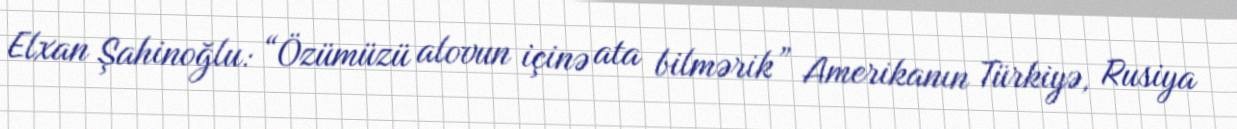
Elxan Şahinoğlu: “Özümüzü alovun içinə ata bilmərik” Amerikanın Türkiyə, Rusiya